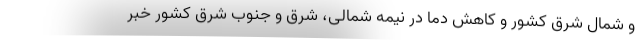
و شمال شرق کشور و کاهش دما در نیمه شمالی، شرق و جنوب شرق کشور خبر